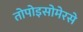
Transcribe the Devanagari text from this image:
तोपोइसोमेरसे